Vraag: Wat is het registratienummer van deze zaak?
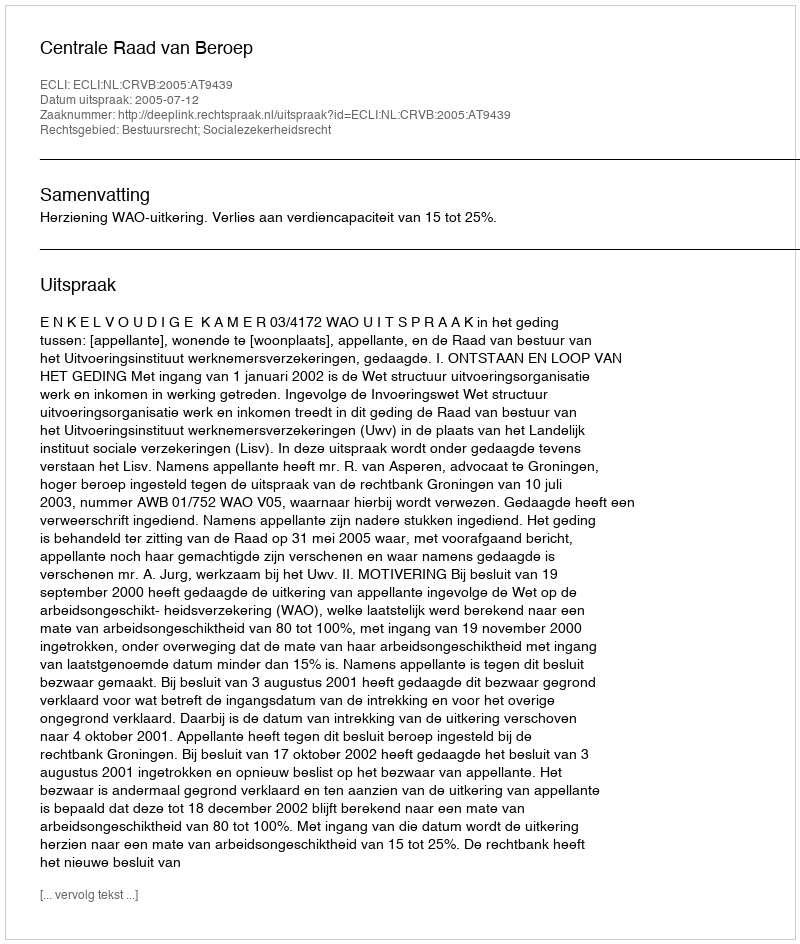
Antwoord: http://deeplink.rechtspraak.nl/uitspraak?id=ECLI:NL:CRVB:2005:AT9439